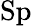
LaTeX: \mathrm{Sp}